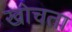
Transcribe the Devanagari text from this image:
खोचता